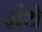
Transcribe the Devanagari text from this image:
ग्रंथे